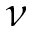
\nu